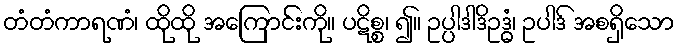
တံတံကာရဏံ၊ ထိုထို အကြောင်းကို။ ပဋိစ္စ၊ ၍။ ဥပ္ပါဒါဒိဥဒ္ဓံ၊ ဥပါဒ် အစရှိသော